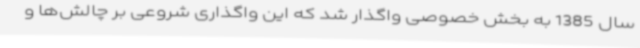
سال 1385 به بخش خصوصی واگذار شد که این واگذاری شروعی بر چالش‌ها و